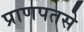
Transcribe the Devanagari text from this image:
प्राणपतसे